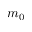
m _ { 0 }